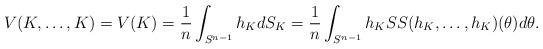
LaTeX: \begin{align*}V(K,\ldots,K) = V(K) = \frac{1}{n} \int_{S^{n-1}} h_K dS_K = \frac{1}{n} \int_{S^{n-1}} h_K \SS(h_K,\ldots,h_K)(\theta) d\theta .\end{align*}